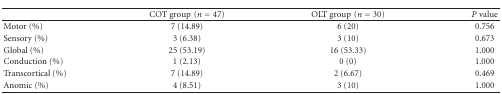
|  | COT group(n = 47) | OLT group(n = 30) | P value |
 | --- | --- | --- | --- |
 | Motor (%) | 7 (14.89) | 6 (20) | 0.756 |
 | Sensory (%) | 3 (6.38) | 3 (10) | 0.673 |
 | Global (%) | 25 (53.19) | 16 (53.33) | 1.000 |
 | Conduction (%) | 1 (2.13) | 0 (0) | 1.000 |
 | Transcortical (%) | 7 (14.89) | 2 (6.67) | 0.469 |
 | Anomic (%) | 4 (8.51) | 3 (10) | 1.000 |